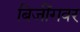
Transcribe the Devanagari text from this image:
बिजींगवर